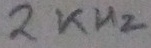
Text: 2KHz